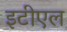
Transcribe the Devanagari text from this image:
इटीएल